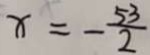
x = - \frac { 5 3 } { 2 }